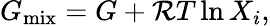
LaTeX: G_{\mathrm{mix}}=G+{\cal R}T\ln{X_{i}},